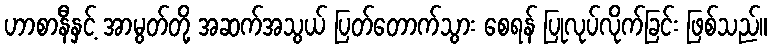
ဟာစာနီနှင့် အာမွတ်တို့ အဆက်အသွယ် ပြတ်တောက်သွား စေရန် ပြုလုပ်လိုက်ခြင်း ဖြစ်သည်။